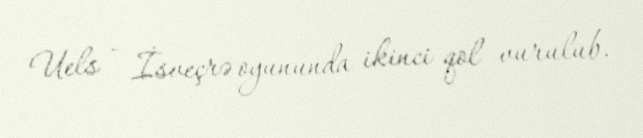
Uels - İsveçrə oyununda ikinci qol vurulub.